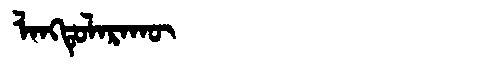
Manchu: ᠯᠠᠩᡨᡠᠯᠠᡵᠠᡴᡡ
Romanization: LANGTULARAKŪ